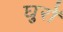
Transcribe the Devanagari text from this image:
घुरों